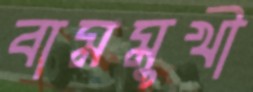
বামমুখী